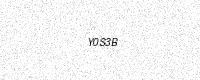
Text: Y0S3B